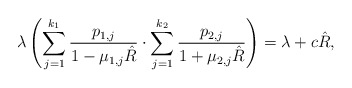
\begin{align*} \lambda\, \Biggl(\sum_{j=1}^{k_1}\frac{p_{1,j}}{1-\mu_{1,j}\hat R} \cdot\sum_{j=1}^{k_2}\frac{p_{2,j}}{1+\mu_{2,j}\hat R} \Biggr) =\lambda+c\hat R,\end{align*}